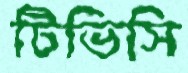
টিভিসি